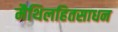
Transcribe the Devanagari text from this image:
मैथिलहितसाधन